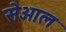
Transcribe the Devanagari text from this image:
सेओल